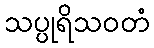
သပ္ပုရိသဝတံ